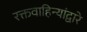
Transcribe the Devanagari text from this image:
रक्तवाहिन्यांद्वारे